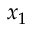
x _ { 1 }